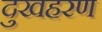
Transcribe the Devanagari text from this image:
दुखहरण